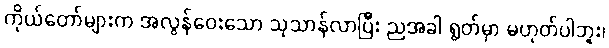
ကိုယ်တော်များက အလွန်ဝေးသော သုသာန်လာပြီး ညအခါ ရွတ်မှာ မဟုတ်ပါဘူး၊